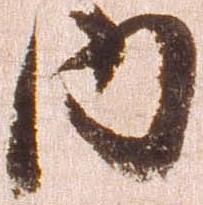
内